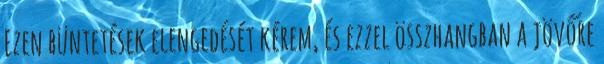
Ezen büntetések elengedését kérem, és ezzel összhangban a jövőre